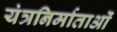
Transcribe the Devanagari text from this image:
यंत्रनिर्माताओं